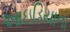
આઇડિયાના